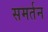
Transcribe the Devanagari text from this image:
समर्तन